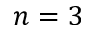
n = 3